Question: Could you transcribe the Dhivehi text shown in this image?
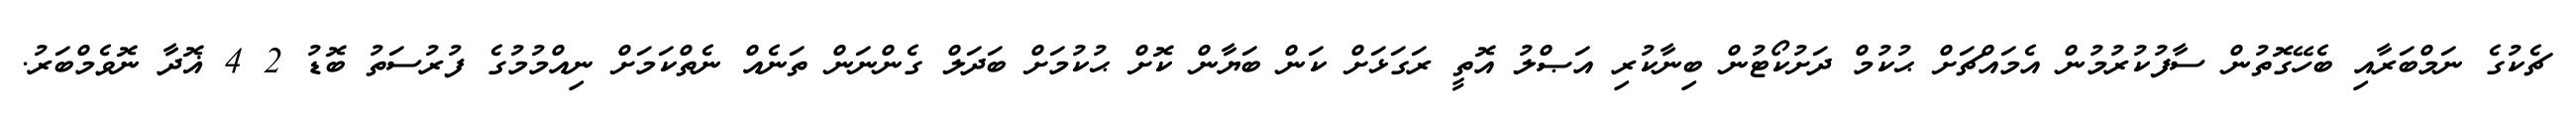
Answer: ޗެކުގެ ނަމްބަރާއި ބެހޭގޮތުން ސާފުކުރުމުން އެމައްޗަށް ޙުކުމް ދަށުކޯޓުން ބިނާކުރި އަޞްލު އޮތީ ރަގަޅަށް ކަން ބަޔާން ކޮށް ޙުކުމަށް ބަދަލް ގެންނަން ތަނެއް ނެތްކަމަށް ނިއްމުމުގެ ފުރުސަތު ބޮޑު 2 4 ޣޮދާ ނޮވެމްބަރު.